Indian journal of veterinary science and animal husbandry - Volumes 26-27, 1956-1957
Year: 1956
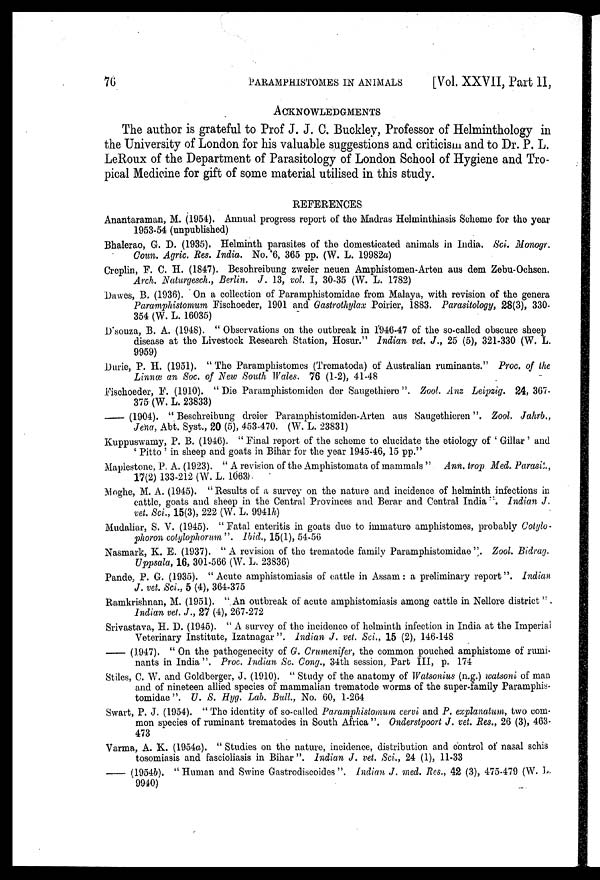
76
PARAMPHISTOMES
IN
ANIMALS
[Vol. XXVII, Part II,
ACKNOWLEDGMENTS
The author is grateful to Prof J. J. C. Buckley, Professor of Helminthology in
the University of London for his valuable suggestions and criticism and to Dr. P. L.
LeRoux of the Department of Parasitology of London School of Hygiene and Tro-
pical Medicine for gift of some material utilised in this study.
REFERENCES
Anantaraman, M. (1954). Annual progress report of the Madras Helminthiasis Scheme for the year
1953-54 (unpublished)
Bhalerao, G. D. (1935). Helminth parasites of the domesticated animals in India. Sci. Monogr.
Coun. Agric. Res. India. No. 6, 365 pp. (W. L. 19982a)
Creplin, F. C. H. (1847). Besohreibung zweier neuen Amphistomen-Arten aus dem Zebu-Ochsen.
Arch. Naturgesch., Berlin. J. 13, vol. I, 30-35 (W. L. 1782)
Dawes, B. (1936). On a collection of Paramphistomidae from Malaya, with revision of the genera
Paramphistomum Fischoeder, 1901 and Gastrothylax Poirier, 1883. Parasitology, 28(3), 330-
354 (W. L. 16035)
D souza, B. A. (1948). " Observations on the outbreak in 1946-47 of the so-called obscure sheep
disease at the Livestock Research Station, Hosur." Indian vet. J., 25 (5), 321-330 (W. L.
9959)
Durie, P. H. (1951). " The Paramphistomes (Trematoda) of Australian ruminants." Proc. of the
Linnæ an Soc. of New South Wales. 76 (1-2), 41-48
Fischoeder, F. (1910). " Die Paramphistomiden der Saugethiero ". Zool. Anz Leipzig. 24, 367-
375 (W. L. 23833)
— (1904). "Beschreibung dreier Paramphistomiden-Arten aus Saugethieren ". Zool. Jahrb.,
Jena, Abt. Syst., 20 (5), 453-470. (W. L. 23831)
Kuppuswamy, P. B. (1946). " Final report of the scheme to elucidate the etiology of ' Gillar ' and
' Pitto ' in sheep and goats in Bihar for the year 1945-46, 15 pp."
Maplestone, P. A. (1923). " A revision of the Amphistomata of mammals " Ann. trop Med. Parasit.,
17(2) 133-212 (W. L. 1063).
Moghe, M. A. (1945). " Results of a survey on the nature and incidence of helminth infections in
cattle, goats and sheep in the Central Provinces and Berar and Central India ". Indian J.
vet. Sci., 15(3), 222 (W. L. 9941h)
Mudaliar, S. V. (1945). " Fatal enteritis in goats due to immature amphistomes, probably Cotylo-
phoron cotylophorum ". Ibid., 15(1), 54-56
Nasmark, K. E. (1937). "A revision of the trematode family Paramphistomidae ". Zool. Bidrag.
Uppsala, 16, 301-566 (W. L. 23836)
Pande, P. G. (1935). "Acute amphistomiasis of cattle in Assam: a preliminary report". Indian
J. vet. Sci., 5 (4), 364-375
Ramkrishnan, M. (1951). "An outbreak of acute amphistomiasis among cattle in Nellore district " .
Indian vet. J., 27 (4), 267-272
Srivastava, H. D. (1945). " A survey of the incidence of helminth infection in India at the Imperial
Veterinary Institute, Izatnagar". Indian J. vet. Sci., 15 (2), 146-148
— (1947). " On the pathogenecity of G. Crumenifer, the common pouched amphistome of rumi-
nants in India". Proc. Indian Sc. Cong., 34th session, Part III, p. 174
Stiles, C. W. and Goldberger, J. (1910). " Study of the anatomy of Watsonius (n.g.) watsoni of man
and of nineteen allied species of mammalian trematode worms of the super-family Paramphis-
tomidae". U. S. Hyg. Lab. Bull., No. 60, 1-264
Swart, P. J. (1954). " The identity of so-called Paramphistomum cervi and P. explanatum, two com-
mon species of ruminant trematodes in South Africa ". Onderstpoort J. vet. Res., 26 (3), 463-
473
Varma, A. K. (1954a). " Studies on the nature, incidence, distribution and control of nasal schis
tosomiasis and fascioliasis in Bihar ". Indian J. vet. Sci., 24 (1), 11-33
— (1954b). " Human and Swine Gastrodiscoides ". Indian J. med. Res., 42 (3), 475-479 (W. L.
9940)